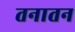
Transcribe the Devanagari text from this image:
तनातन